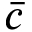
\bar { c }